Statistics compiled by the Government of India from the reports of provincial Civil Veterinary Departments
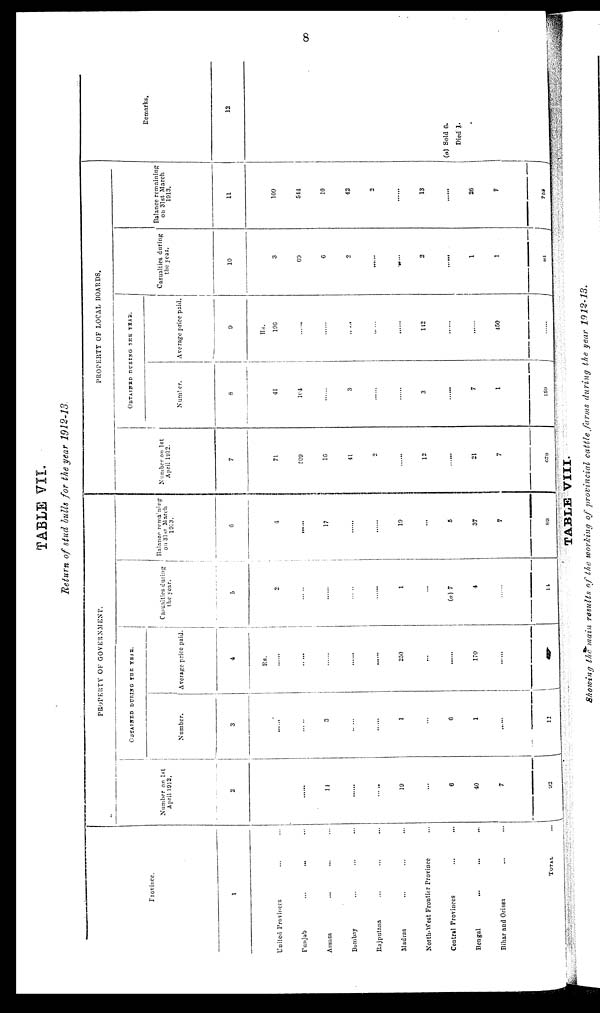
8
TABLE VII.
Return of stud bulls for the year 1912-13
Province.
1
United Provinces ... ...
Punjab ... ... ...
Assam ... ... ...
Bombay ... ... ...
Rajputana ... ... ...
Madras ... ... ...
North-West Frontier Province ...
Central Provinces ... ...
Bengal ... ... ...
Bihar and Orissa ... ...
TOTAL ...
PROPERTY OF GOVERNMENT.
Number on 1st
April 1912.
2
......
......
14
......
......
19
......
6
40
7
92
OBTAINED DURING THE YEAR.
Number.
3
......
......
3
......
......
1
......
6
1
......
11
Average price paid.
4
Rs.
......
......
......
......
......
250
......
......
170
......
Casualties during
the year.
5
2
......
......
......
......
1
......
(a) 7
4
......
14
Balance remaining
on 31st March
1913.
6
4
......
17
......
19
......
5
37
7
89
PROPERTY OF LOCAL BOARDS.
Number on 1st
April 1912.
7
71
509
16
41
2
......
12
......
21
7
679
OBTAINED
DURING
THE
YEAR.
Number.
8
41
104
......
3
......
......
3
7
1
159
Average price paid.
9
Rs.
196
......
......
......
.......
......
142
......
......
450
......
Casualties during
the year.
10
3
69
6
2
......
......
2
......
1
1
84
Balance remaining
on 31st March
1913.
11
109
544
10
42
2
......
13
......
26
7
752
Remarks.
12
(a) Sold 0.
Died 1.